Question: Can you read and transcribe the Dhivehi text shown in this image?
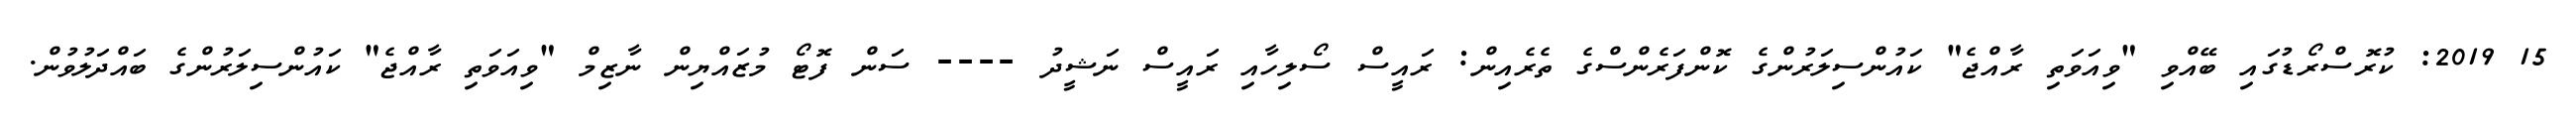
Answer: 15 2019: ކުރޮސްރޯޑުގައި ބޭއްވި "ވިއަވަތި ރާއްޖެ" ކައުންސިލަރުންގެ ކޮންފަރެންސްގެ ތެރެއިން: ރައީސް ސޯލިހާއި ރައީސް ނަޝީދު ---- ސަން ފޮޓޯ މުޒައްޔިން ނާޒިމް "ވިއަވަތި ރާއްޖެ" ކައުންސިލަރުންގެ ބައްދަލުވުން.